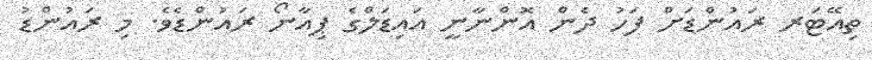
ތިއޭޓަރ ރައުންޑަށް ފަހު ދެން އޮންނާނީ އައިޑަލްގެ ޕިއާނޯ ރައުންޑެވެ. މި ރައުންޑު